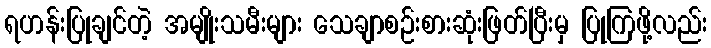
ရဟန်းပြုချင်တဲ့ အမျိုးသမီးများ သေချာစဉ်းစားဆုံးဖြတ်ပြီးမှ ပြုကြဖို့လည်း